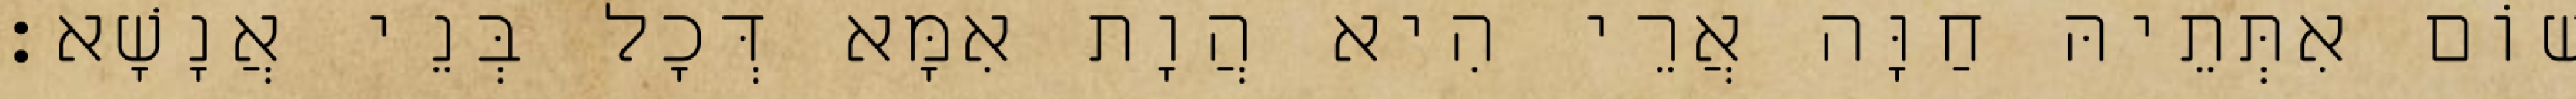
שׁוֹם אִתְּתֵיהּ חַוָּה אֲרֵי הִיא הֲוָת אִמָּא דְּכָל בְּנֵי אֲנָשָׁא׃